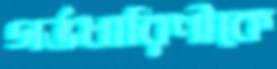
গর্ভধারিণীকে